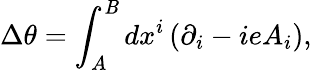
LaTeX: \Delta\theta=\int_{A}^{\mathit{B}}dx^{i}\left(\partial_{i}-ieA_{i}\right),